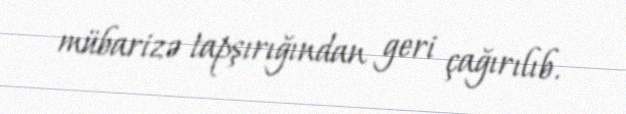
mübarizə tapşırığından geri çağırılıb.